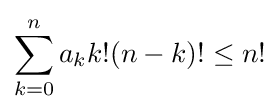
\sum _{k=0}^{n}a_{k}k!(n-k)!\leq n!